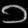
Digit: ၁